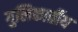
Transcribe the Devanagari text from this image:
गुलिकार्तीय